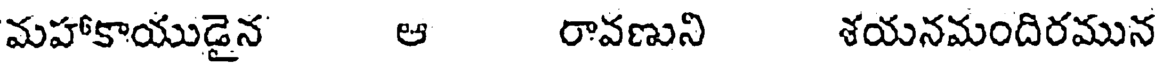
మహాకాయుడైన ఆ రావణుని శయనమందిరమున